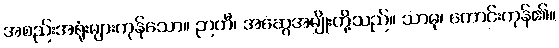
အစည်းအရုံးများကုန်သော။ ဉာတီ၊ အဆွေအမျိုးတို့သည်။ သာဓု၊ ကောင်းကုန်၏။